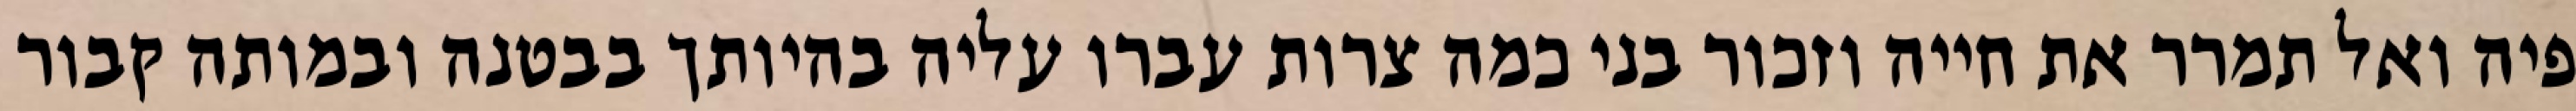
פיה ואל תמרר את חייה וזכור בני כמה צרות עברו עליה בהיותך בבטנה ובמותה קבור